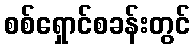
စစ်ရှောင်စခန်းတွင်